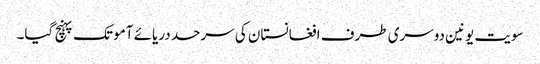
سویت یونین دوسری طرف افغانستان کی سرحد دریائے آمو تک پہنچ گیا۔